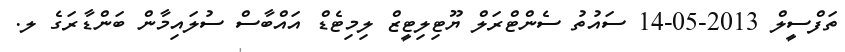
ތަފްސީލް 2013-05-14 ސައުތު ސެންޓްރަލް ޔޫޓިލިޓީޒް ލިމިޓެޑް އައްބާސް ސުލައިމާން ބަންޑާރަގެ ލ.